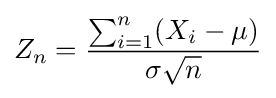
Z_{n}={\frac {\sum _{i=1}^{n}(X_{i}-\mu )}{\sigma {\sqrt {n}}}}